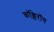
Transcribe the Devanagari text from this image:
कॉक्लेरॉय